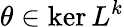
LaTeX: \theta\in\ker L^{k}